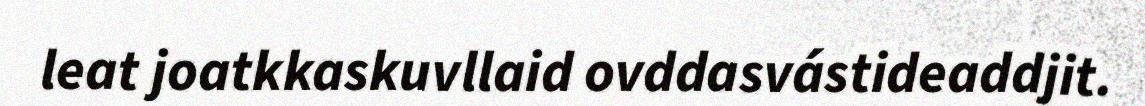
leat joatkkaskuvllaid ovddasvástideaddjit.